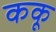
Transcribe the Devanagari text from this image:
ककू